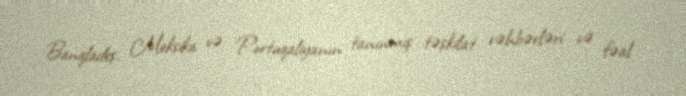
Banqladeş, Meksika və Portuqaliyanın tanınmış təşkilat rəhbərləri və fəal